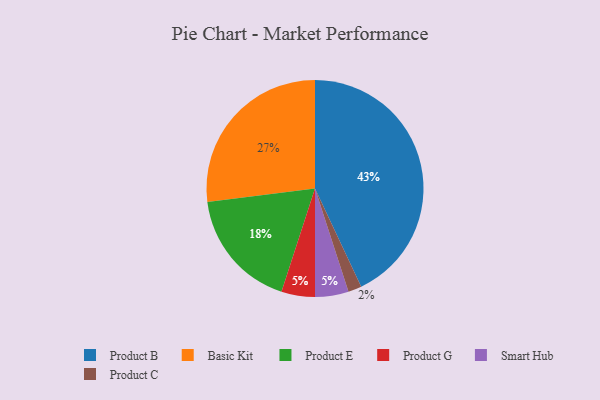
{"axis": {"x": "Category", "y": "Percentage"}, "legend": ["Basic Kit", "Product B", "Product C", "Product E", "Product G", "Smart Hub"], "data": [{"x": "Product E", "y": 18, "type": "Product E"}, {"x": "Product G", "y": 5, "type": "Product G"}, {"x": "Product B", "y": 43, "type": "Product B"}, {"x": "Smart Hub", "y": 5, "type": "Smart Hub"}, {"x": "Basic Kit", "y": 27, "type": "Basic Kit"}, {"x": "Product C", "y": 2, "type": "Product C"}]}